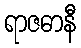
ရာဇဓာနီ